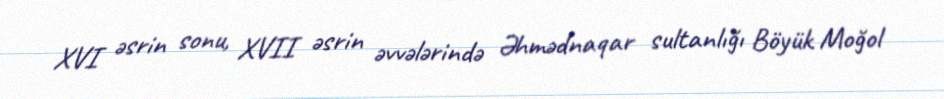
XVI əsrin sonu, XVII əsrin əvvələrində Əhmədnaqar sultanlığı Böyük Moğol